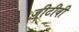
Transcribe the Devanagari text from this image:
ज़ीटीवी